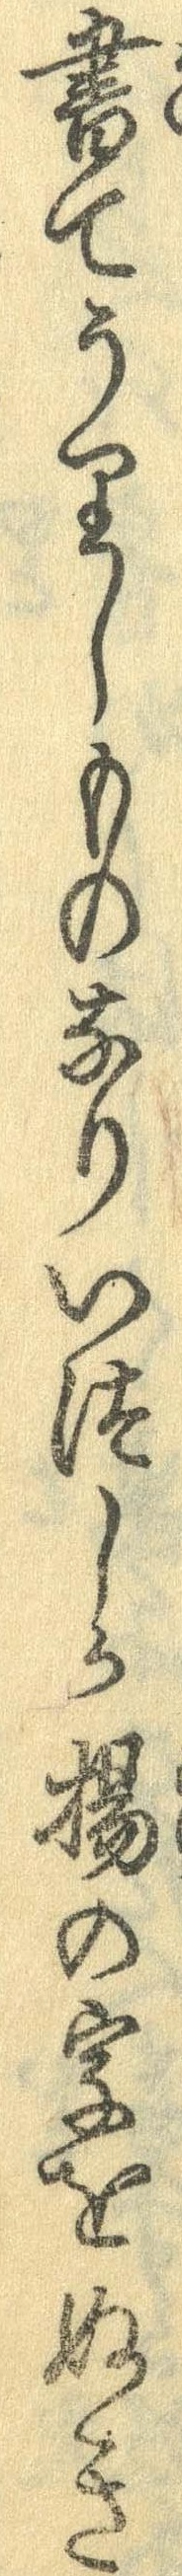
書てうりしものなりいつしか揚の字をぬき